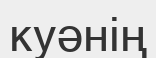
куәнің